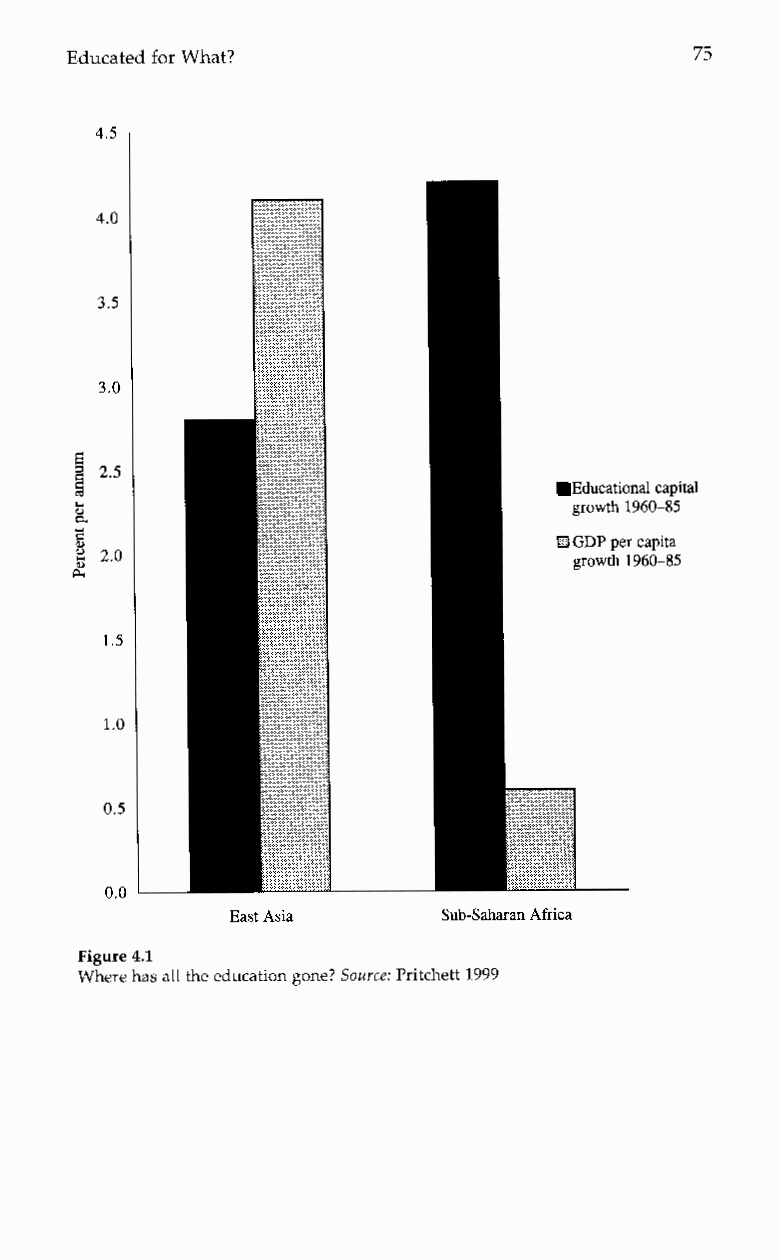
Educated for What?                       75
 4.5
 4.0
 3.5
 3.0
 E
 2s                             Educational capital
 .!                               growth 1960-85
 c 8                             B GDP per capita
 2 2.0                            growth 1960-85
 2
 1.5
 1. o
 0.5
 0.0
 East Asia     Sub-Saharan Africa
 Figure 4.1
 Where has all the education gone? Source: Pritchett 1999